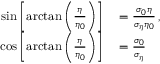
\begin{array} { r l } { \sin \left[ \arctan \left( \frac { \eta } { \eta _ { 0 } } \right) \right] } & { { } = \frac { \sigma _ { 0 } \eta } { \sigma _ { \eta } \eta _ { 0 } } \, , } \\ { \cos \left[ \arctan \left( \frac { \eta } { \eta _ { 0 } } \right) \right] } & { { } = \frac { \sigma _ { 0 } } { \sigma _ { \eta } } } \end{array}